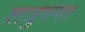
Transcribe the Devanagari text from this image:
शत्रुघ्न।